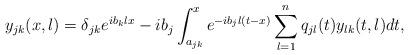
LaTeX: \begin{align*} y_{jk}(x,\l) = \delta_{jk}e^{i b_k \l x} -i b_j \int_{a_{jk}}^x e^{-i b_j \l (t-x)} \sum_{l=1}^n q_{jl}(t)y_{lk}(t,\l)dt,\end{align*}